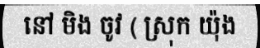
នៅ មិង ចូវ ( ស្រុក យ៉ុង